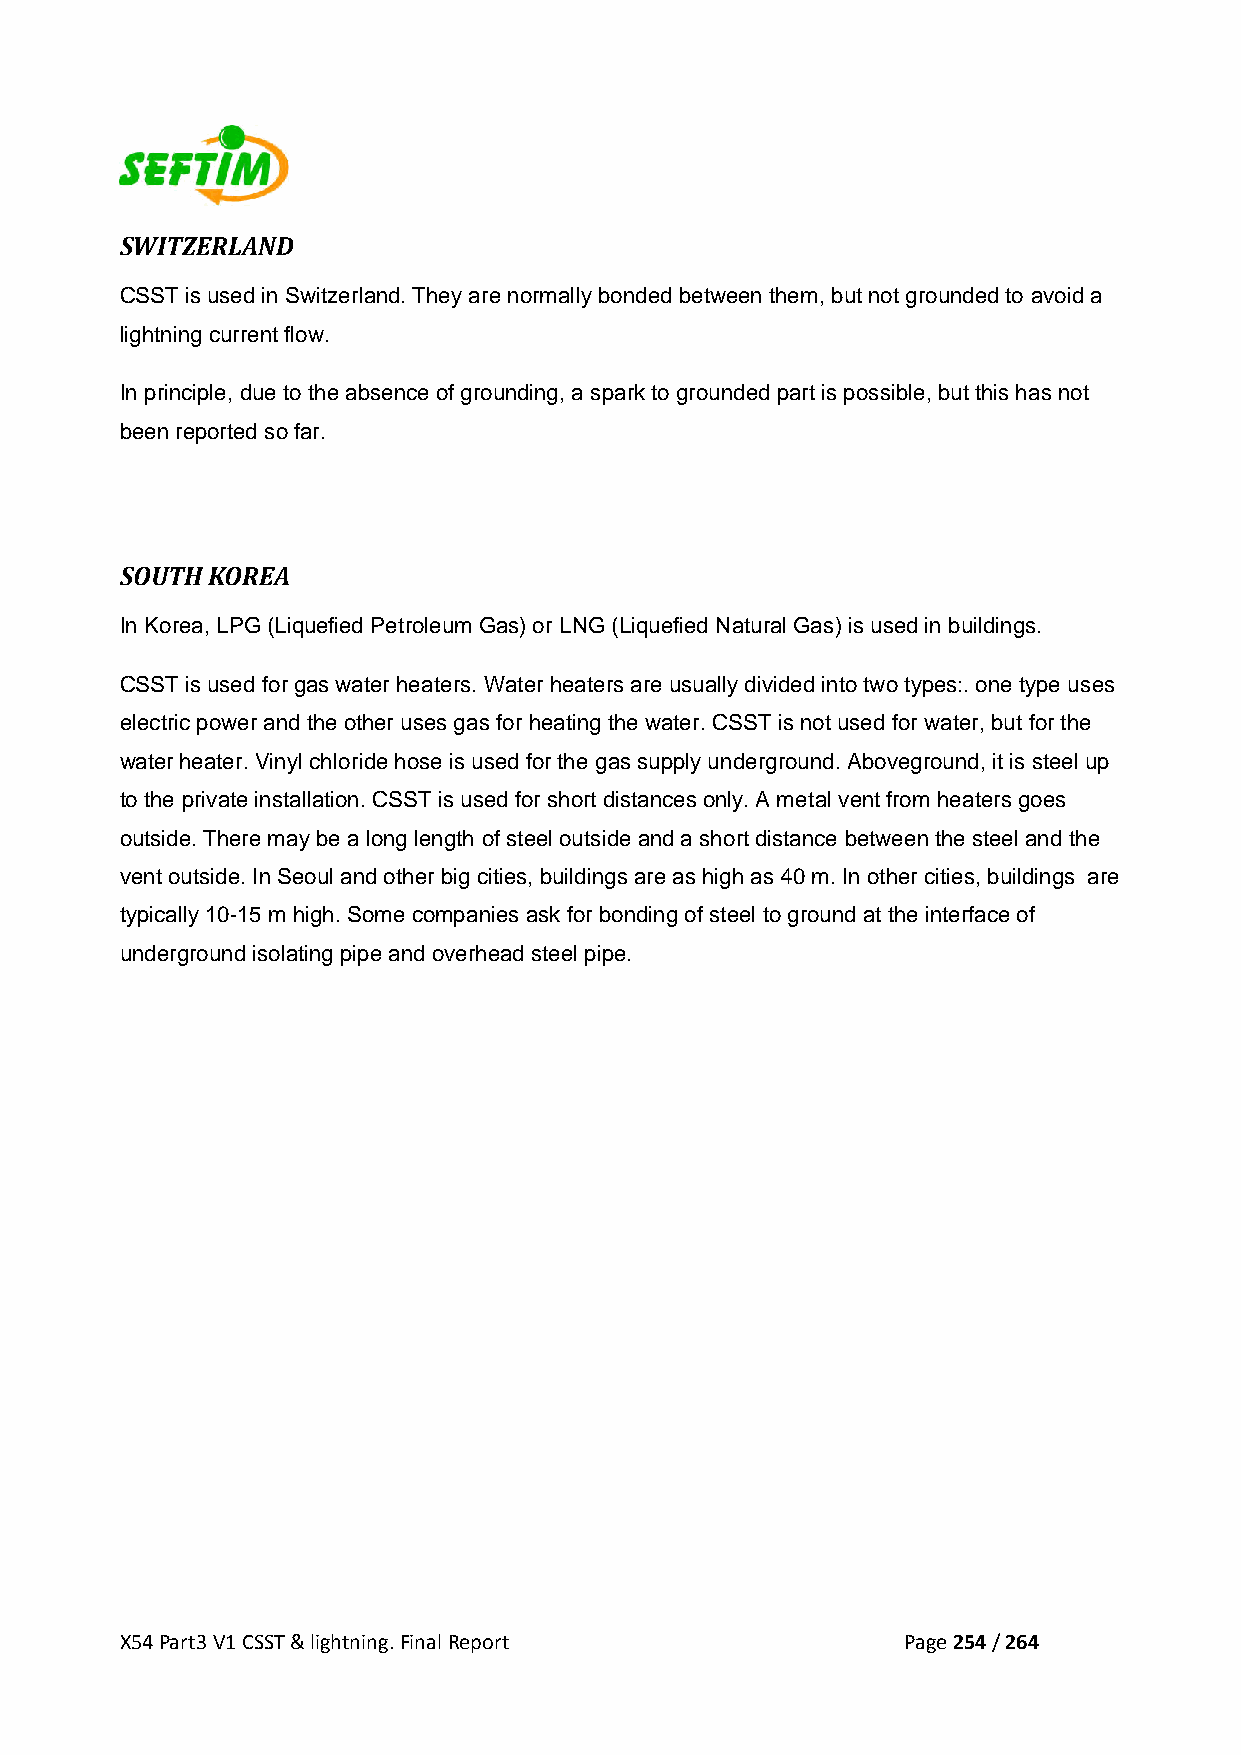
SWITZERLAND
 CSST is used in Switzerland. They are normally bonded between them, but not grounded to avoid a
 lightning current flow.
 In principle, due to the absence of grounding, a spark to grounded part is possible, but this has not
 been reported so far.
 SOUTH KOREA
 In Korea, LPG (Liquefied Petroleum Gas) or LNG (Liquefied Natural Gas) is used in buildings.
 CSST is used for gas water heaters. Water heaters are usually divided into two types:. one type uses
 electric power and the other uses gas for heating the water. CSST is not used for water, but for the
 water heater. Vinyl chloride hose is used for the gas supply underground. Aboveground, it is steel up
 to the private installation. CSST is used for short distances only. A metal vent from heaters goes
 outside. There may be a long length of steel outside and a short distance between the steel and the
 vent outside. In Seoul and other big cities, buildings are as high as 40 m. In other cities, buildings are
 typically 10-15 m high. Some companies ask for bonding of steel to ground at the interface of
 underground isolating pipe and overhead steel pipe.
 X54 Part3 V1 CSST & lightning. Final Report         Page 254 / 264